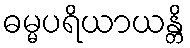
ဓမ္မပရိယာယန္တိ